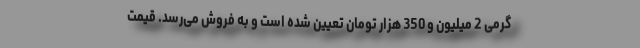
گرمی 2 میلیون و 350 هزار تومان تعیین شده است و به فروش می‌رسد. قیمت